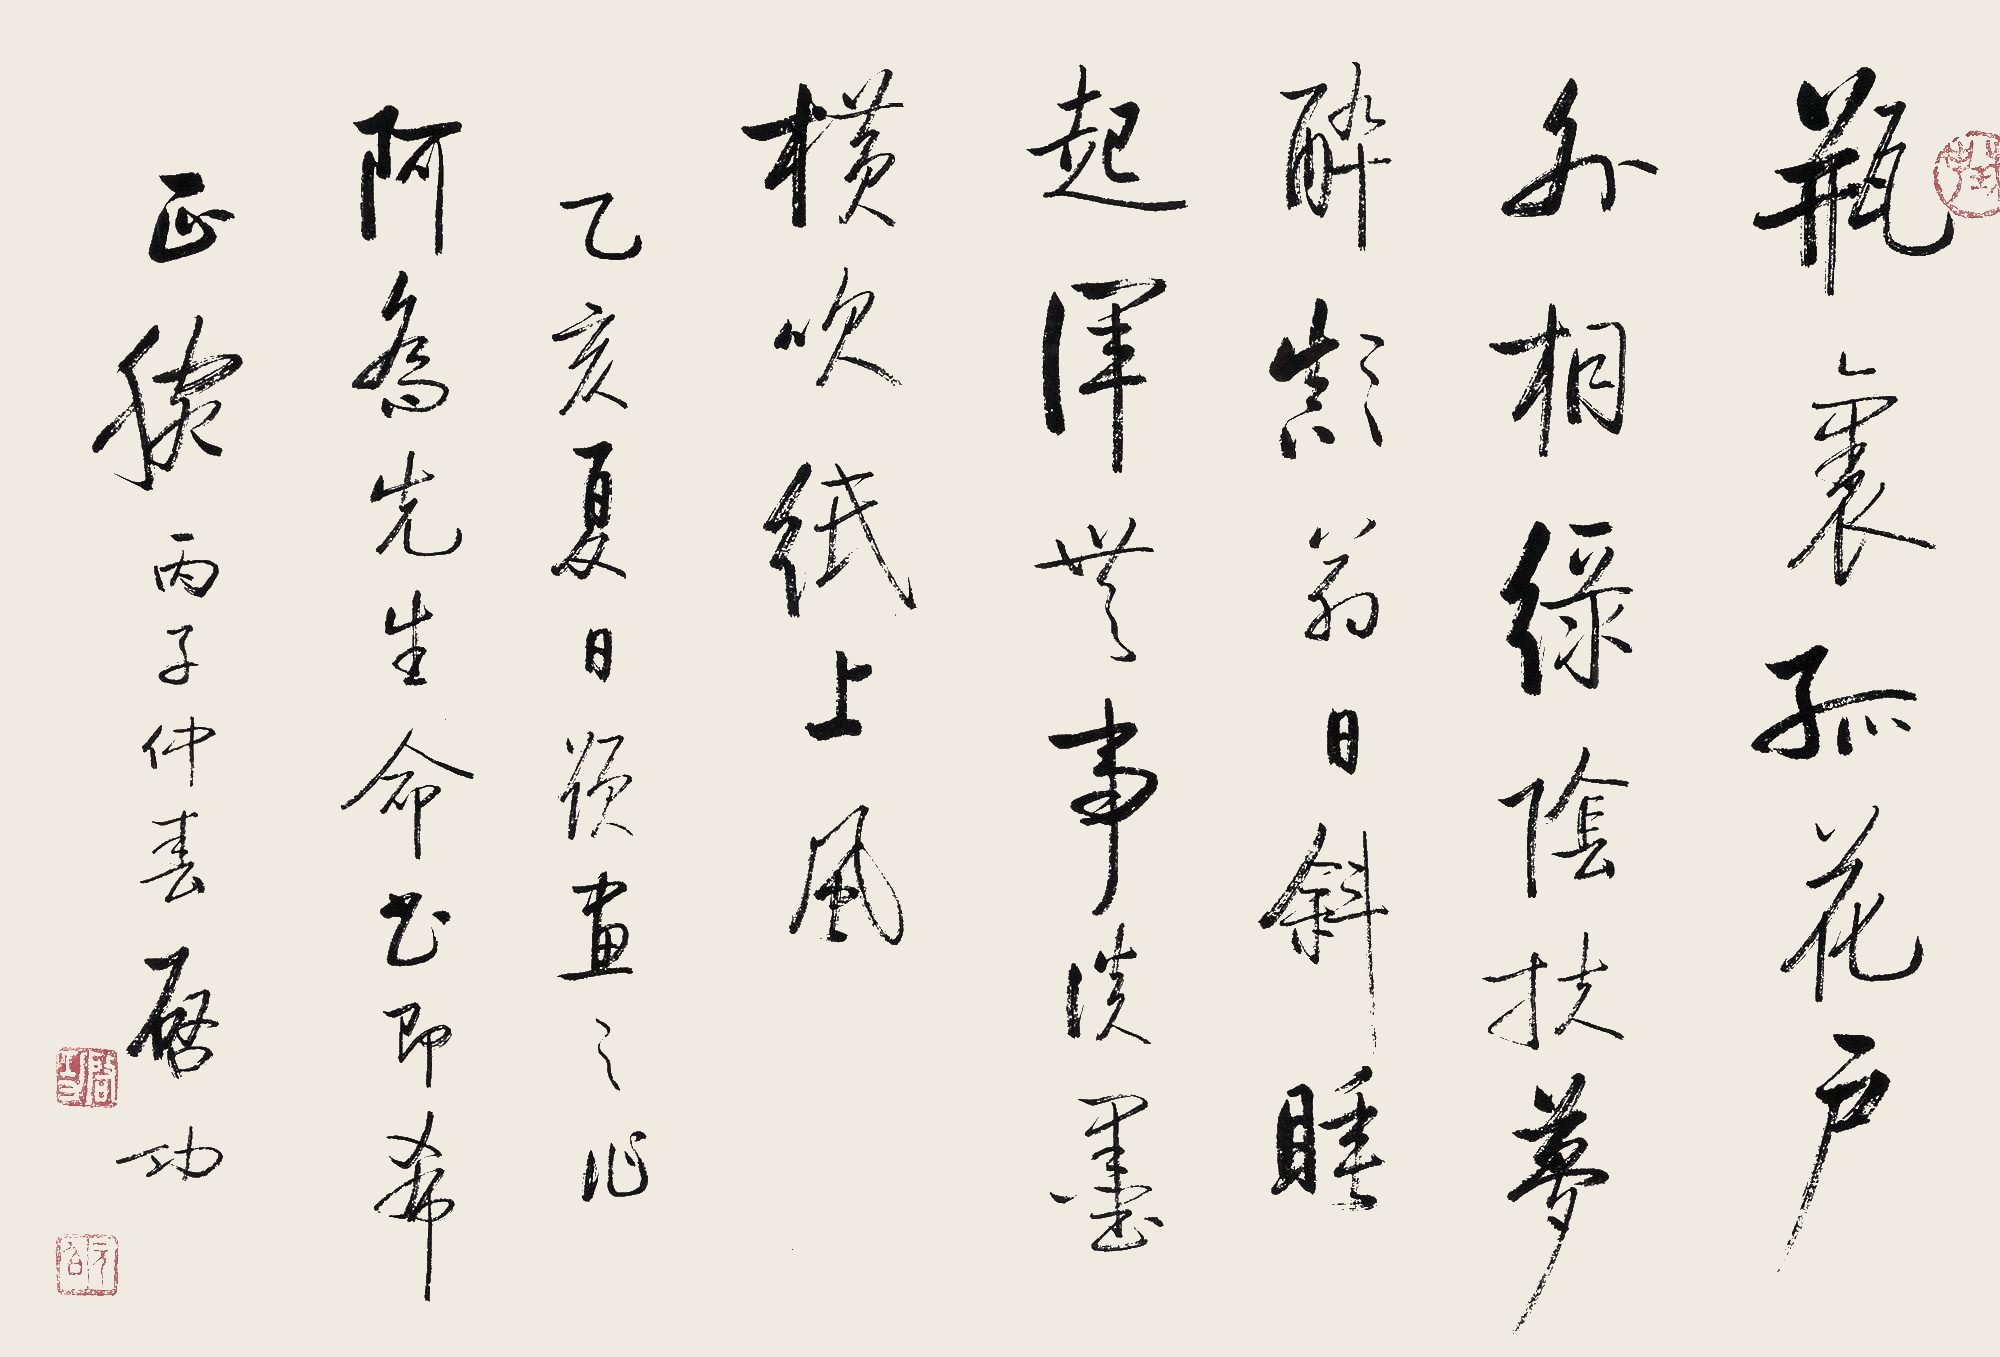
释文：瓶里孤花户外桐，绿阴扶梦醉颠翁。日斜睡起浑无事，淡墨横吹纸上风。乙亥（1995年）夏日题画之作。阿乔先生命书即希正腕。丙子（1996年）仲春，启功。